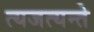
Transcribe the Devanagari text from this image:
त्यजत्यन्ते